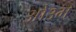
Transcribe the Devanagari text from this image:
आे३म्